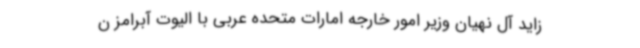
زاید آل نهیان وزیر امور خارجه امارات متحده عربی با الیوت آبرامز ن